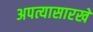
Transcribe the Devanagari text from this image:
अपत्यासारखे